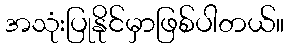
အသုံးပြုနိုင်မှာဖြစ်ပါတယ်။